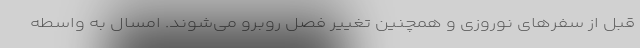
قبل از سفرهای نوروزی و همچنین تغییر فصل روبرو می‌شوند. امسال به واسطه